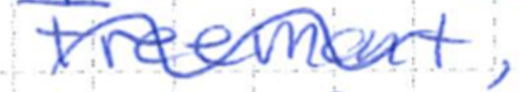
Text: Freemont,
Cross-out: wave
Writing tool: ballpoint